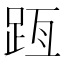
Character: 𨀿